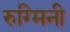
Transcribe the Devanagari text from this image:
रुग्मिनी